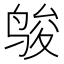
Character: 𱉿